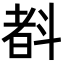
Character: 𣂃